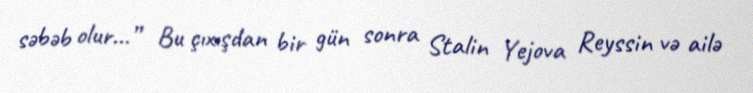
səbəb olur...” Bu çıxışdan bir gün sonra Stalin Yejova Reyssin və ailə